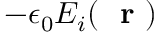
- \epsilon _ { 0 } E _ { i } ( \mathrm { ~ \bf ~ r ~ } )